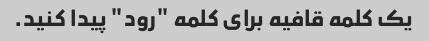
یک کلمه قافیه برای کلمه "رود" پیدا کنید.